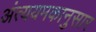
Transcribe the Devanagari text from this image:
अंत्ययमकानुसार